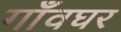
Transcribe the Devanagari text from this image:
गाँवघर